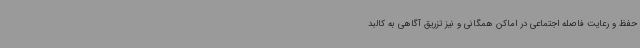
حفظ و رعایت فاصله اجتماعی در اماکن همگانی و نیز تزریق آگاهی به کالبد